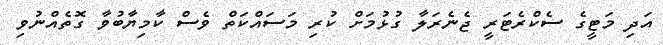
އަދި މަޓީގެ ސެކްރެޓަރީ ޖެނެރަލާ ގުޅުމަށް ކުރި މަސައްކަތް ވެސް ކާމިޔާބުވާ ގޮތެއްނުވި